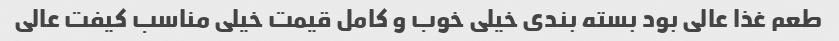
طعم غذا عالی بود بسته بندی خیلی خوب و کامل قیمت خیلی مناسب کیفت عالی